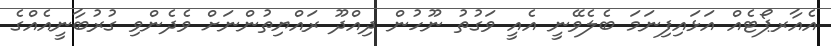
އެއާރޕޯޓެއް އަޅައިފިނަމަ ބެލެވޭނީ އެއީ ވަގުތު ނޫހުން ދިއްދޫ ރައްޔިތުންނަށް ވެދެންވި ގުރުބާނީއެއްގެ